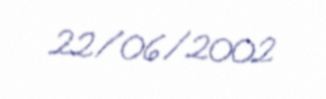
22/06/2002